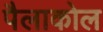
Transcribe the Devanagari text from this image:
पैलाकोल